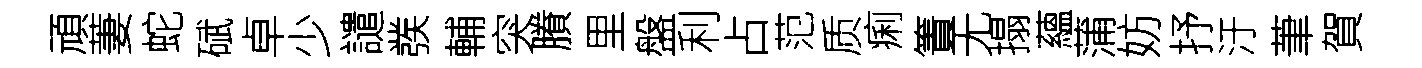
頑萋蛇碔卓少譴彂輔突賸里盤利占范质痢簀无搨蘊蒲妨抒汙茟賀